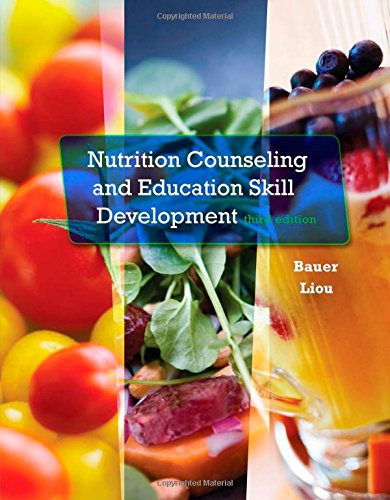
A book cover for Nutrition Counseling and Education Skill Development; Kathleen D. Bauer; Medical Books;